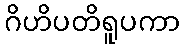
ဂိဟိပတိရူပကာ